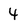
Character: 4